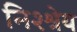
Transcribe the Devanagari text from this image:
निश्श्रेय